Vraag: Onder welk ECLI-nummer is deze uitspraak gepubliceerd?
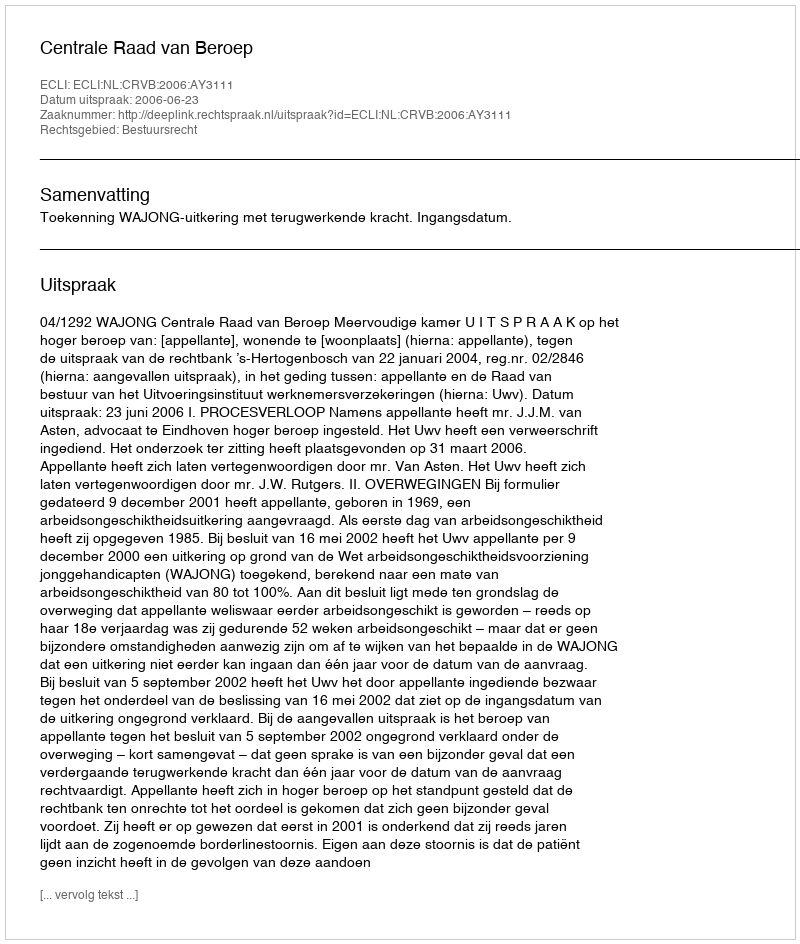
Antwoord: ECLI:NL:CRVB:2006:AY3111